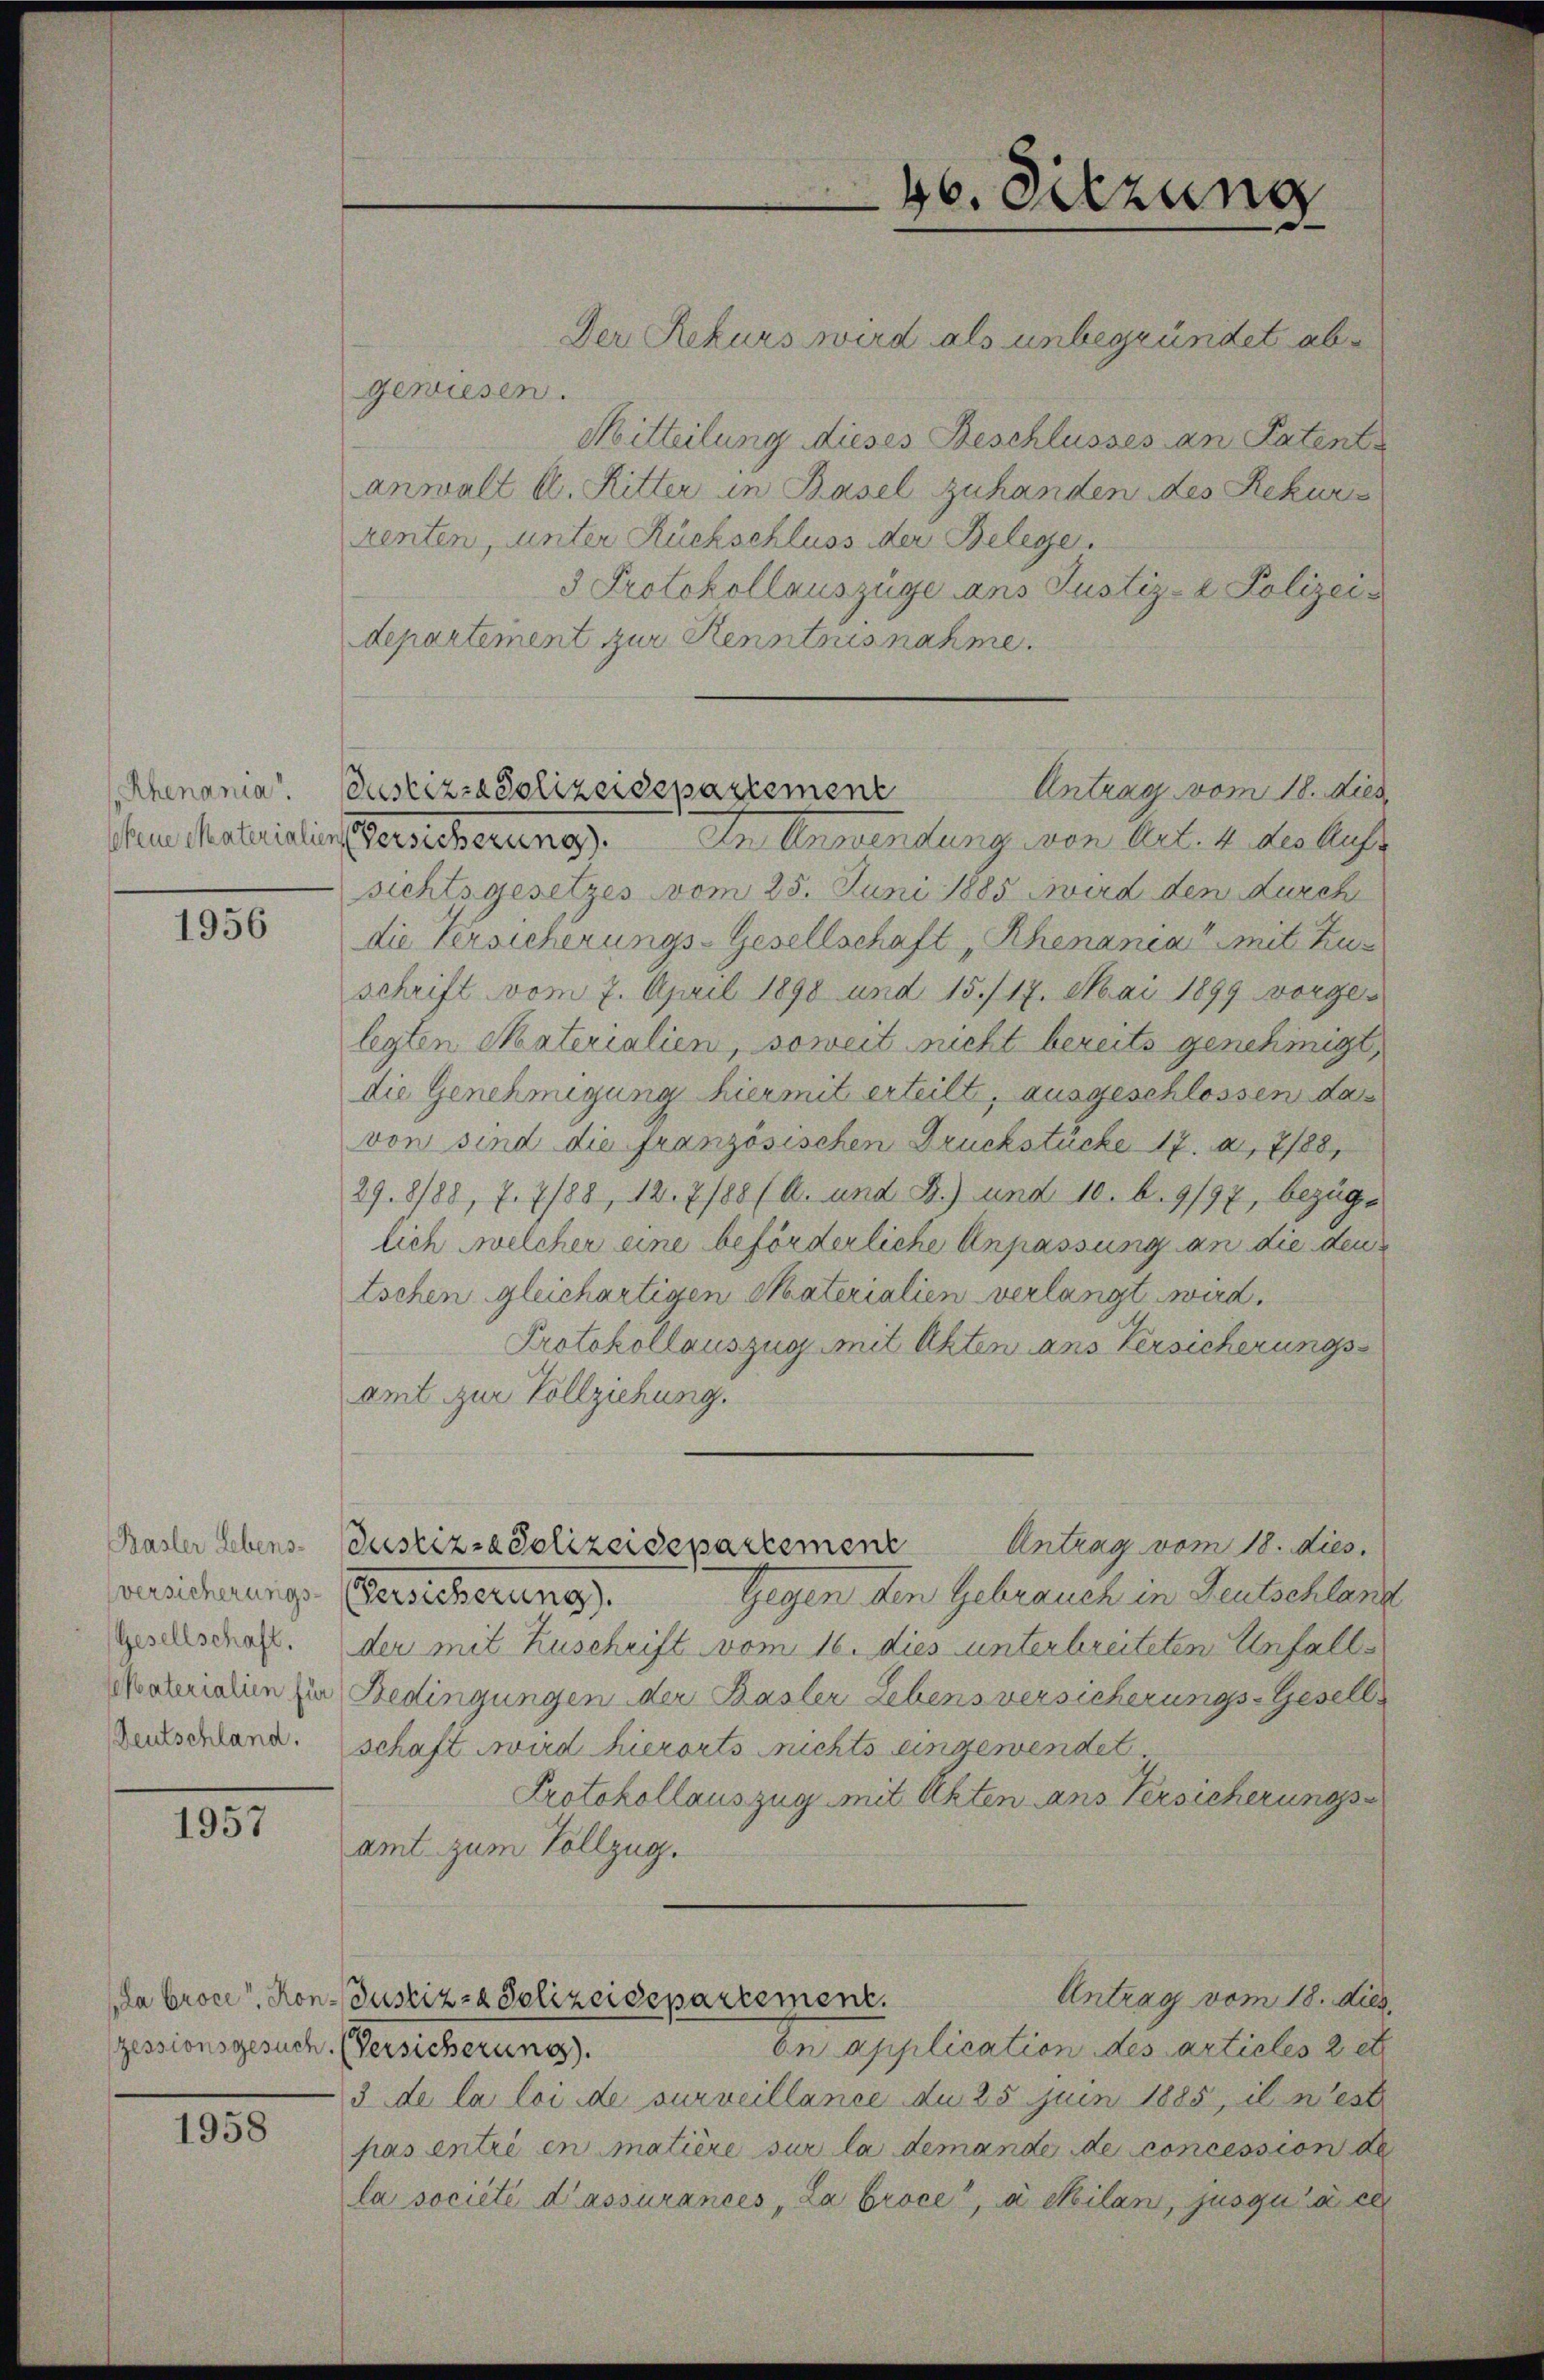
Rhenania"
sbene Materialien

1956

Basler Lebens-
versicherungs-
Gesellschaft.
Vaterialien für
Deutschland.

1957

(La Broce Kon
Zessionsgesuch.

1958

Der Rekurs wird als unbegründet abe
gewiesen.
Mitteilung dieses Beschlusses an Patente
anwalt u. Ritter in Basel zuhanden des Rekurs
renten, unter Rückschluss der Belege.
3 Protokollauszüge ans Justiz- & Polizeidepartement zur Kenntnisnahme.
Versicherung). In Anwendung von Art. 4 des Auf-
sichtsgesetzes vom 25. Juni 1885 wird den durch
die Versicherungs-Gesellschaft „Rhenania mit Zus
schrift vom 7. April 1890 und 15./17. Mai 1899 vorgelegten Materialien, soweit nicht bereits genehmigt,
die Genehmigung hier mit erteilt, ausgeschlossen das
von sind die französischen Druckstücke 17. a, 788,
29.8/88, 7. 7/88, 12. 7188 (A. und B.) und 10. b. 9197, bezüge
lich welcher eine beförderliche Anpassung an die den
Eschen gleichartigen Materialien verlangt wird.
Protokollauszug mit Akten aus Versicherungsamt zur Vollziehung.
Justiz-Polizeidepartement Antrag vom 18. dies
Gegen den Gebrauch in Deutschlang
Versicherung.
der mit Zuschrift vom 16. dies unterbreiteten Unfall
Bedingungen der Basler Lebensversicherungs-Gesells
schaft wird hierorts nichts eingewendet
Protokollauszug mit Akten ans Versicherungsamt zum Vollzug.
Antrag vom 18. dies
Justiz- & Polizeidepartement.
En application des articles 2 et
(Versicherung).
3 de la loi de surveillance du 25 juin 1885, il n’est
pas entré en matière sur la demande de concession de
la société d’assurances „La Groce“, a Milan, jusqu’à ce

Antrag vom 18. dies
Justizza Polizeidepartement

46. Sitzung